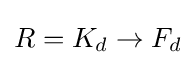
R=K_{d}\to F_{d}